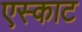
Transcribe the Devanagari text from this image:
एस्काट